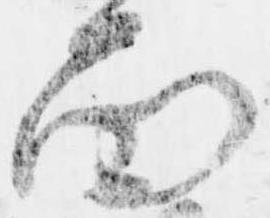
面